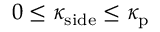
0 \le \kappa _ { \mathrm { s i d e } } \le \kappa _ { \mathrm { p } }